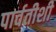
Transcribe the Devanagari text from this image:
पार्वतीशी